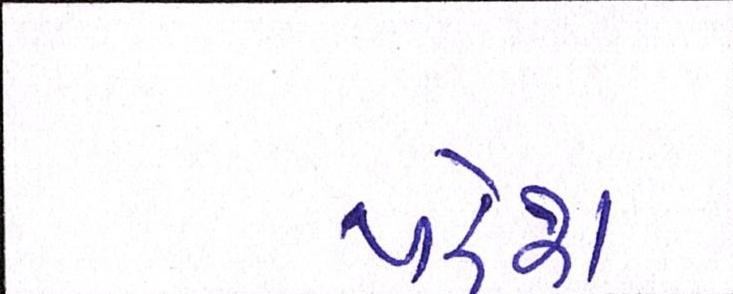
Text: પરેશ